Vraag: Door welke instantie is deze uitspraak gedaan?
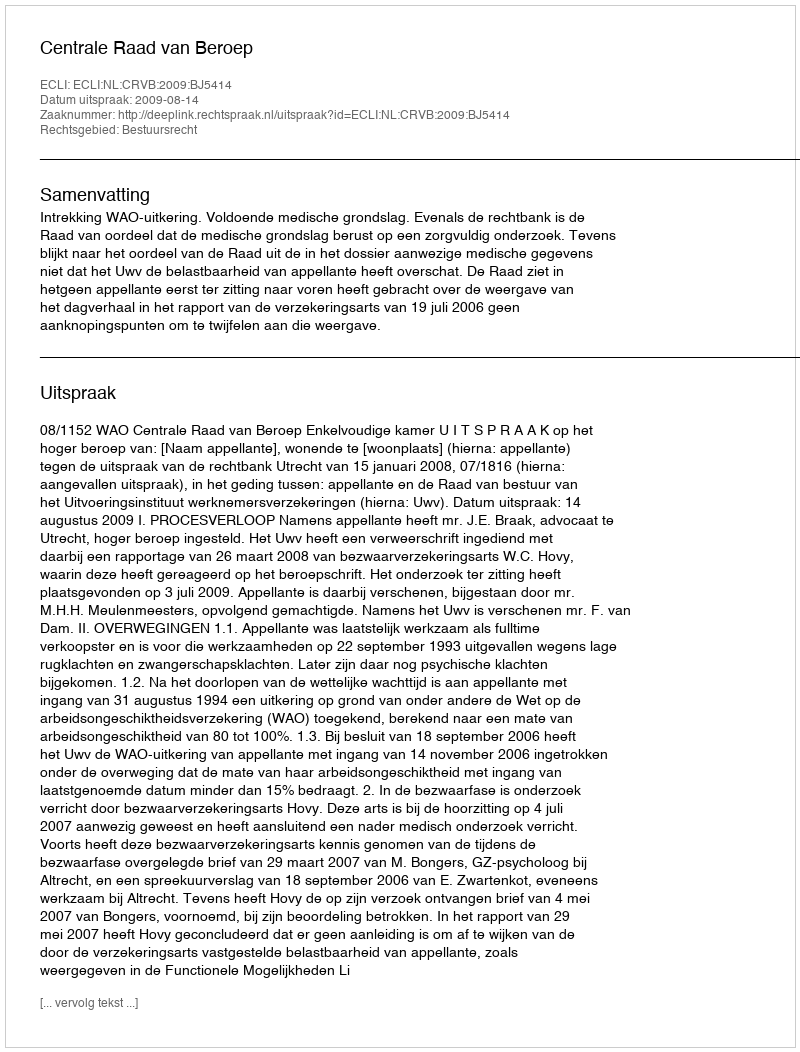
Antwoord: Centrale Raad van Beroep